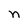
Character: n